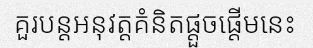
គួរបន្តអនុវត្តគំនិតផ្តួចផ្តើមនេះ